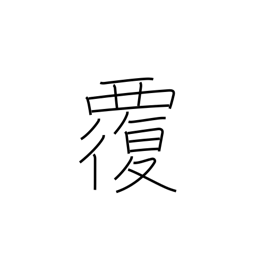
Meaning: capsize